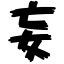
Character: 妄